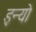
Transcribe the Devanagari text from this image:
इन्यो